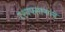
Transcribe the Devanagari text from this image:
दृश्यपसार्‍याने